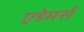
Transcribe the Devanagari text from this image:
एडेमर्स